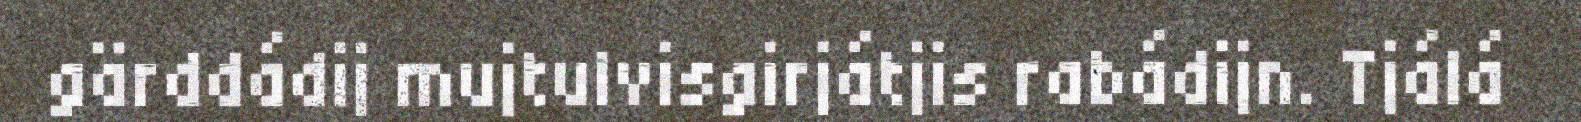
gärddádij mujtulvisgirjátjis rabádijn. Tjálá